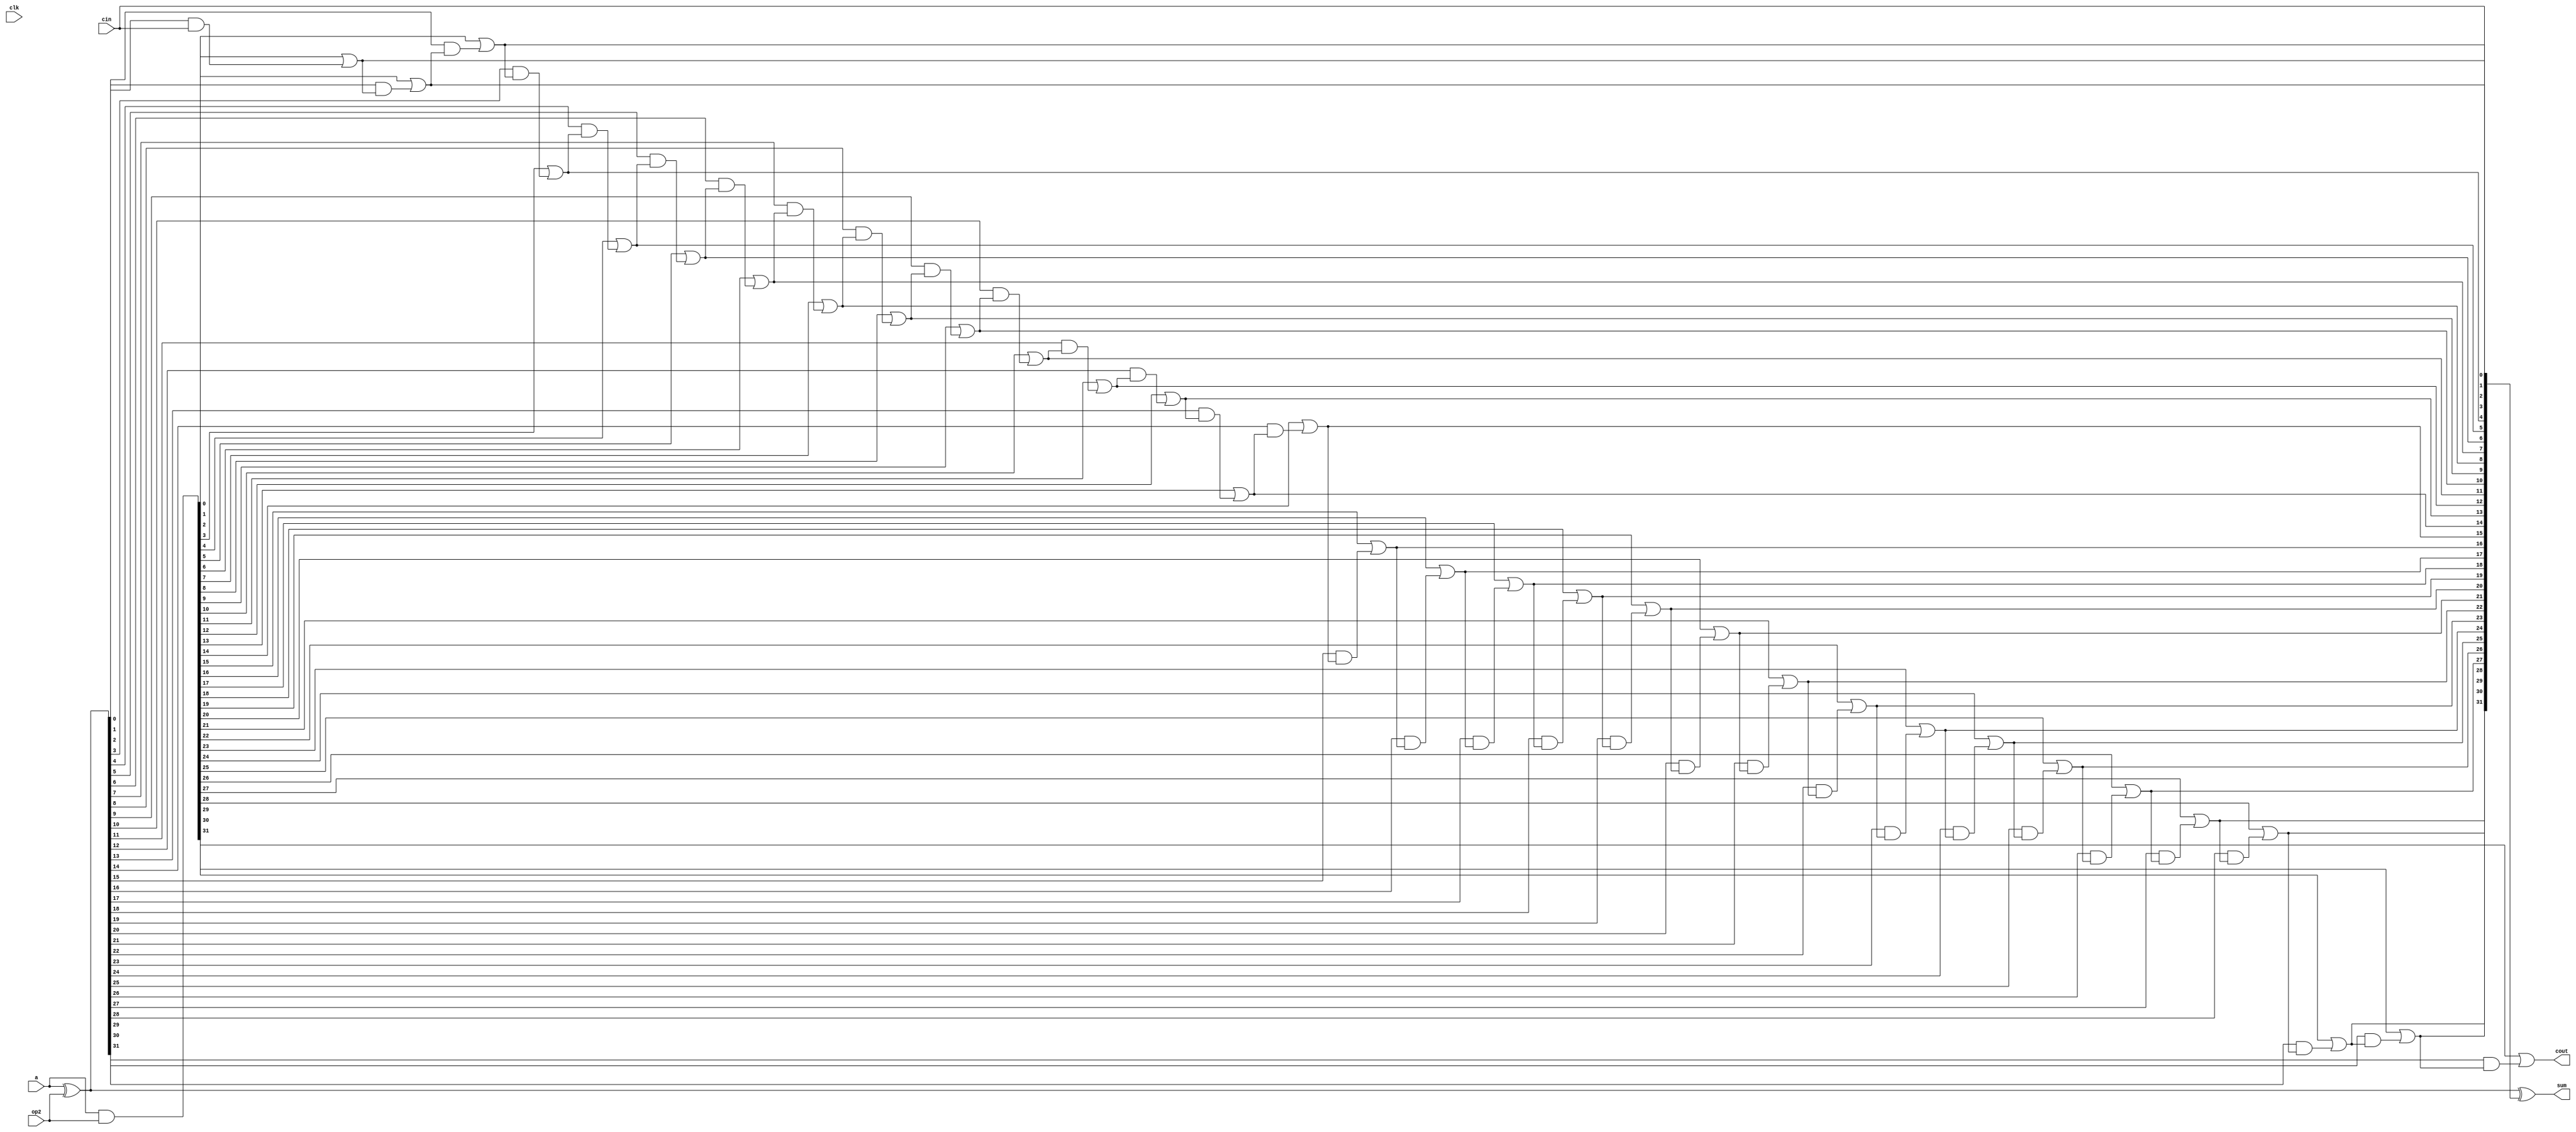
module ADDER(clk,a,op2,cin,sum,cout);
    input wire clk;
    input wire[31:0] a;
    input wire[31:0] op2;
    input wire cin;
    output reg[31:0] sum;
    output reg cout;
    wire [31:0] b;
    assign b =op2;
    reg [32:0] carry;  // contains all the carry outs at each bit
    reg [31:0] G;     //  generate signals
    reg [31:0] P;     // Propagate signal

    always@(*)begin
        G = a&b;
        P = a^b;


        // Carry Look Ahead Addition (8-bit)
        carry[0] = cin;
        carry[1] = G[0] | (P[0] & carry[0]);
        carry[2] = G[1] | (P[1] & carry[1]);
        carry[3] = G[2] | (P[2] & carry[2]);
        carry[4] = G[3] | (P[3] & carry[3]);
        carry[5] = G[4] | (P[4] & carry[4]);
        carry[6] = G[5] | (P[5] & carry[5]);
        carry[7] = G[6] | (P[6] & carry[6]);
        carry[8] = G[7] | (P[7] & carry[7]);

        carry[9] = G[8] | (P[8] & carry[8]);
        carry[10] = G[9] | (P[9] & carry[9]);
        carry[11] = G[10] | (P[10] & carry[10]);
        carry[12] = G[11] | (P[11] & carry[11]);
        carry[13] = G[12] | (P[12] & carry[12]);
        carry[14] = G[13] | (P[13] & carry[13]);
        carry[15] = G[14] | (P[14] & carry[14]);
        carry[16] = G[15] | (P[15] & carry[15]);

        carry[17] = G[16] | (P[16] & carry[16]);
        carry[18] = G[17] | (P[17] & carry[17]);
        carry[19] = G[18] | (P[18] & carry[18]);
        carry[20] = G[19] | (P[19] & carry[19]);
        carry[21] = G[20] | (P[20] & carry[20]);
        carry[22] = G[21] | (P[21] & carry[21]);
        carry[23] = G[22] | (P[22] & carry[22]);
        carry[24] = G[23] | (P[23] & carry[23]);

        carry[25] = G[24] | (P[24] & carry[24]);
        carry[26] = G[25] | (P[25] & carry[25]);
        carry[27] = G[26] | (P[26] & carry[26]);
        carry[28] = G[27] | (P[27] & carry[27]);
        carry[29] = G[28] | (P[28] & carry[28]);
        carry[30] = G[29] | (P[29] & carry[29]);
        carry[31] = G[30] | (P[30] & carry[30]);
        carry[32] = G[31] | (P[31] & carry[31]);
        
        sum = a^b^carry[31:0];

        cout = carry[32];  //final carry out
        
    end
endmodule